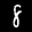
Label: 8